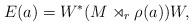
LaTeX: \begin{align*}E(a)=W^*(M \rtimes_r \rho(a))W,\end{align*}